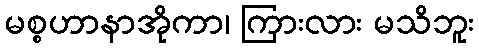
မစ္စဟာနာအိုကာ၊ ကြားလား မသိဘူး